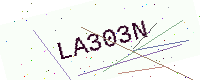
Text: LA303N